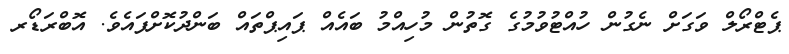
ޕެޓްރޯލް ވަގަށް ނެގުން ހުއްޓުވުމުގެ ގޮތުން މުހިއްމު ބައެއް ޕައިޕްތައް ބަންދުކޮށްފައެވެ. އޮބްރަޑޯރ